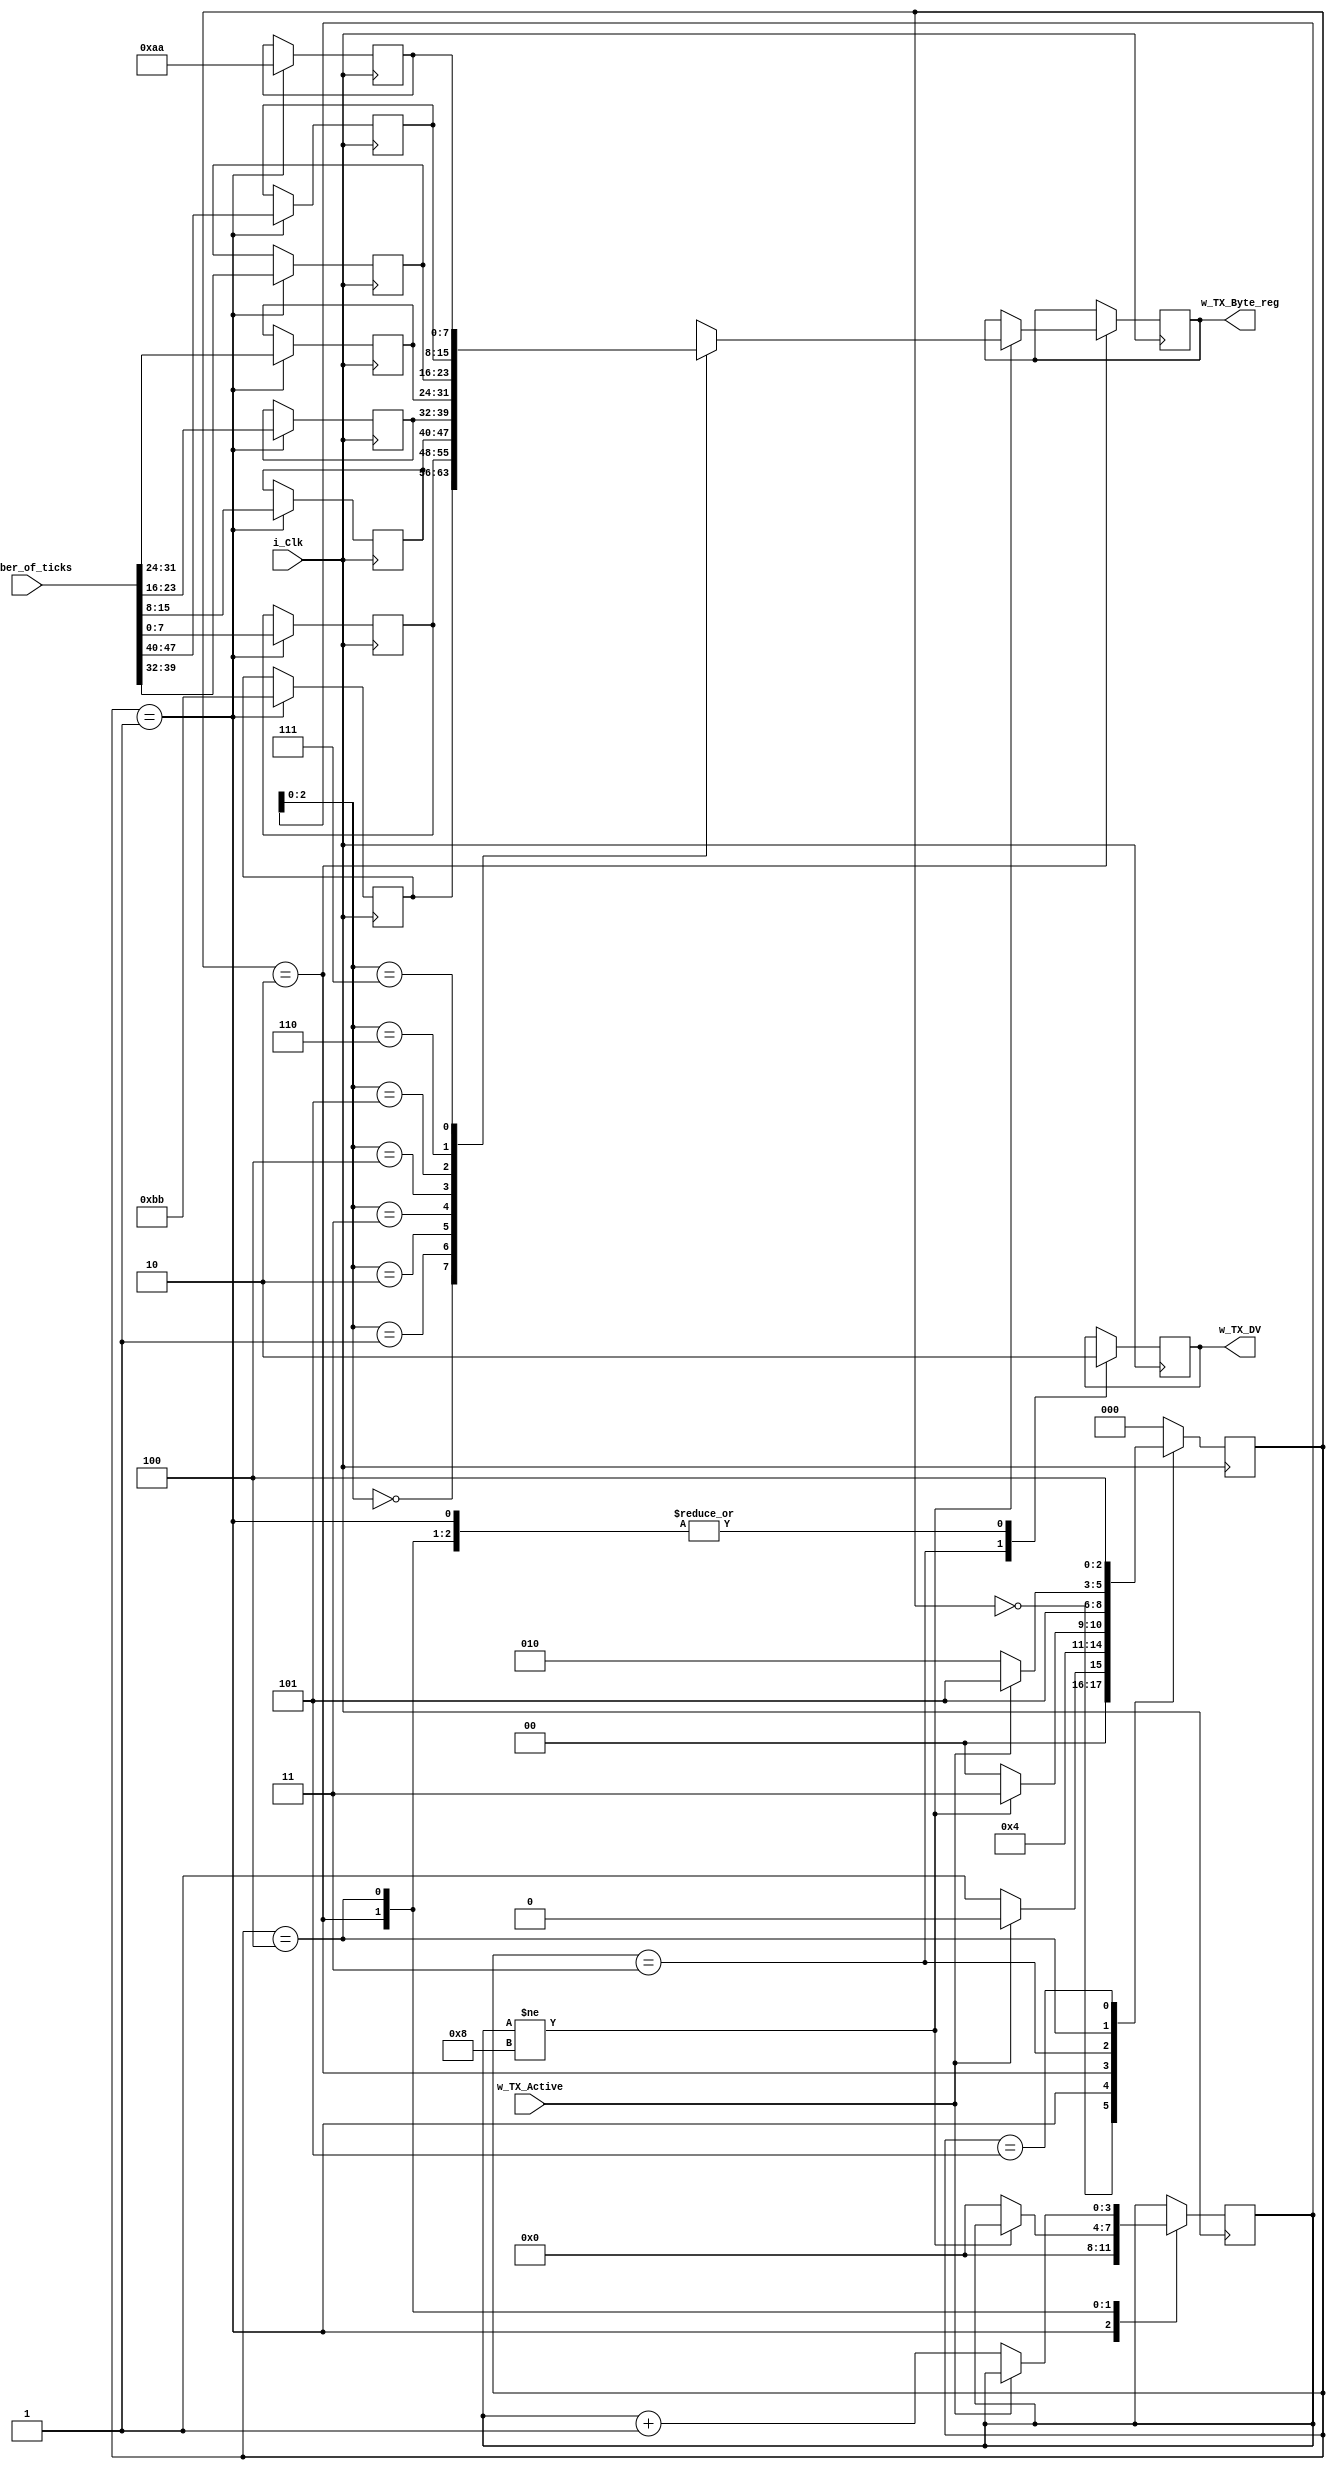
module TX_DATA_COLLECTION_STATE_MACHINE(
	input i_Clk,
	input [63:0]number_of_ticks,
	input w_TX_Active,
	output w_TX_DV,
	output [7:0]w_TX_Byte_reg
);
				
	reg [3:0]byte_counter;
	reg [7:0]store_nt[7:0];
	reg [7:0]w_TX_Byte_reg_0;
	reg [2:0]state_TX;
	reg w_TX_DV_0;

	parameter	WAIT_TX = 3'd0,
					START = 3'd1,
					SEND = 3'd2,
					DATA_VALID = 3'd3,
					WAIT_DONE = 3'd4,
					WAIT_CYCLE = 3'd5;
					
	assign w_TX_Byte_reg = w_TX_Byte_reg_0;
	assign w_TX_DV = w_TX_DV_0;
	
	always@(posedge i_Clk)
	begin
		case(state_TX)
			WAIT_TX: begin
				w_TX_DV_0 <= 1'b0;
				if(w_TX_Active == 1'b1)
					state_TX <= WAIT_TX;
				else
					state_TX <= START;
			end
			START: begin
				store_nt[0] <= 8'hBB;
				store_nt[1] <= number_of_ticks[7:0];
				store_nt[2] <= number_of_ticks[15:8];
				store_nt[3] <= number_of_ticks[23:16];
				store_nt[4] <= number_of_ticks[31:24];
				store_nt[5] <= number_of_ticks[39:32];
				store_nt[6] <= number_of_ticks[47:40];
				store_nt[7] <= 8'hAA;
				
				byte_counter <= 4'b0;
				w_TX_DV_0 <= 1'b0;
				state_TX <= SEND;
			end
			SEND: begin
				if(byte_counter != 4'd8) begin
					w_TX_Byte_reg_0 <= store_nt[byte_counter];
					w_TX_DV_0 <= 1'b0;
					state_TX <= DATA_VALID;
				end
				else begin
					w_TX_DV_0 <= 1'b0;
					byte_counter <= 4'b0;
					state_TX <= WAIT_TX;
				end
			end
			DATA_VALID: begin
				w_TX_DV_0 <= 1'b1;
				state_TX <= WAIT_CYCLE;
			end
			WAIT_DONE: begin
				if(w_TX_Active == 1'b1)begin
					state_TX <= WAIT_CYCLE;
					w_TX_DV_0 <= 1'b0;
				end
				else begin
					byte_counter <= byte_counter + 4'b1;				
					w_TX_DV_0 <= 1'b0;
					state_TX <= SEND;
				end
			end
			WAIT_CYCLE:
				state_TX <= WAIT_DONE;
			default:
				state_TX <= WAIT_TX;
		endcase
	end
	endmodule